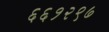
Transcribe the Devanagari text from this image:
६६१२९७